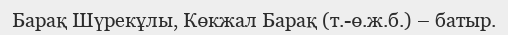
Барақ Шүрекұлы, Көкжал Барақ (т.-ө.ж.б.) – батыр.